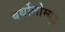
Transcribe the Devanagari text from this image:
बर्थोलोम्युइ